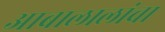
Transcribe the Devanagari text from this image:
आबालालांचा